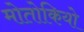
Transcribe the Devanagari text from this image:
मोतोकियो